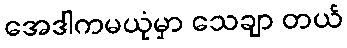
အေဒါကမယုံမှာ သေချာ တယ်